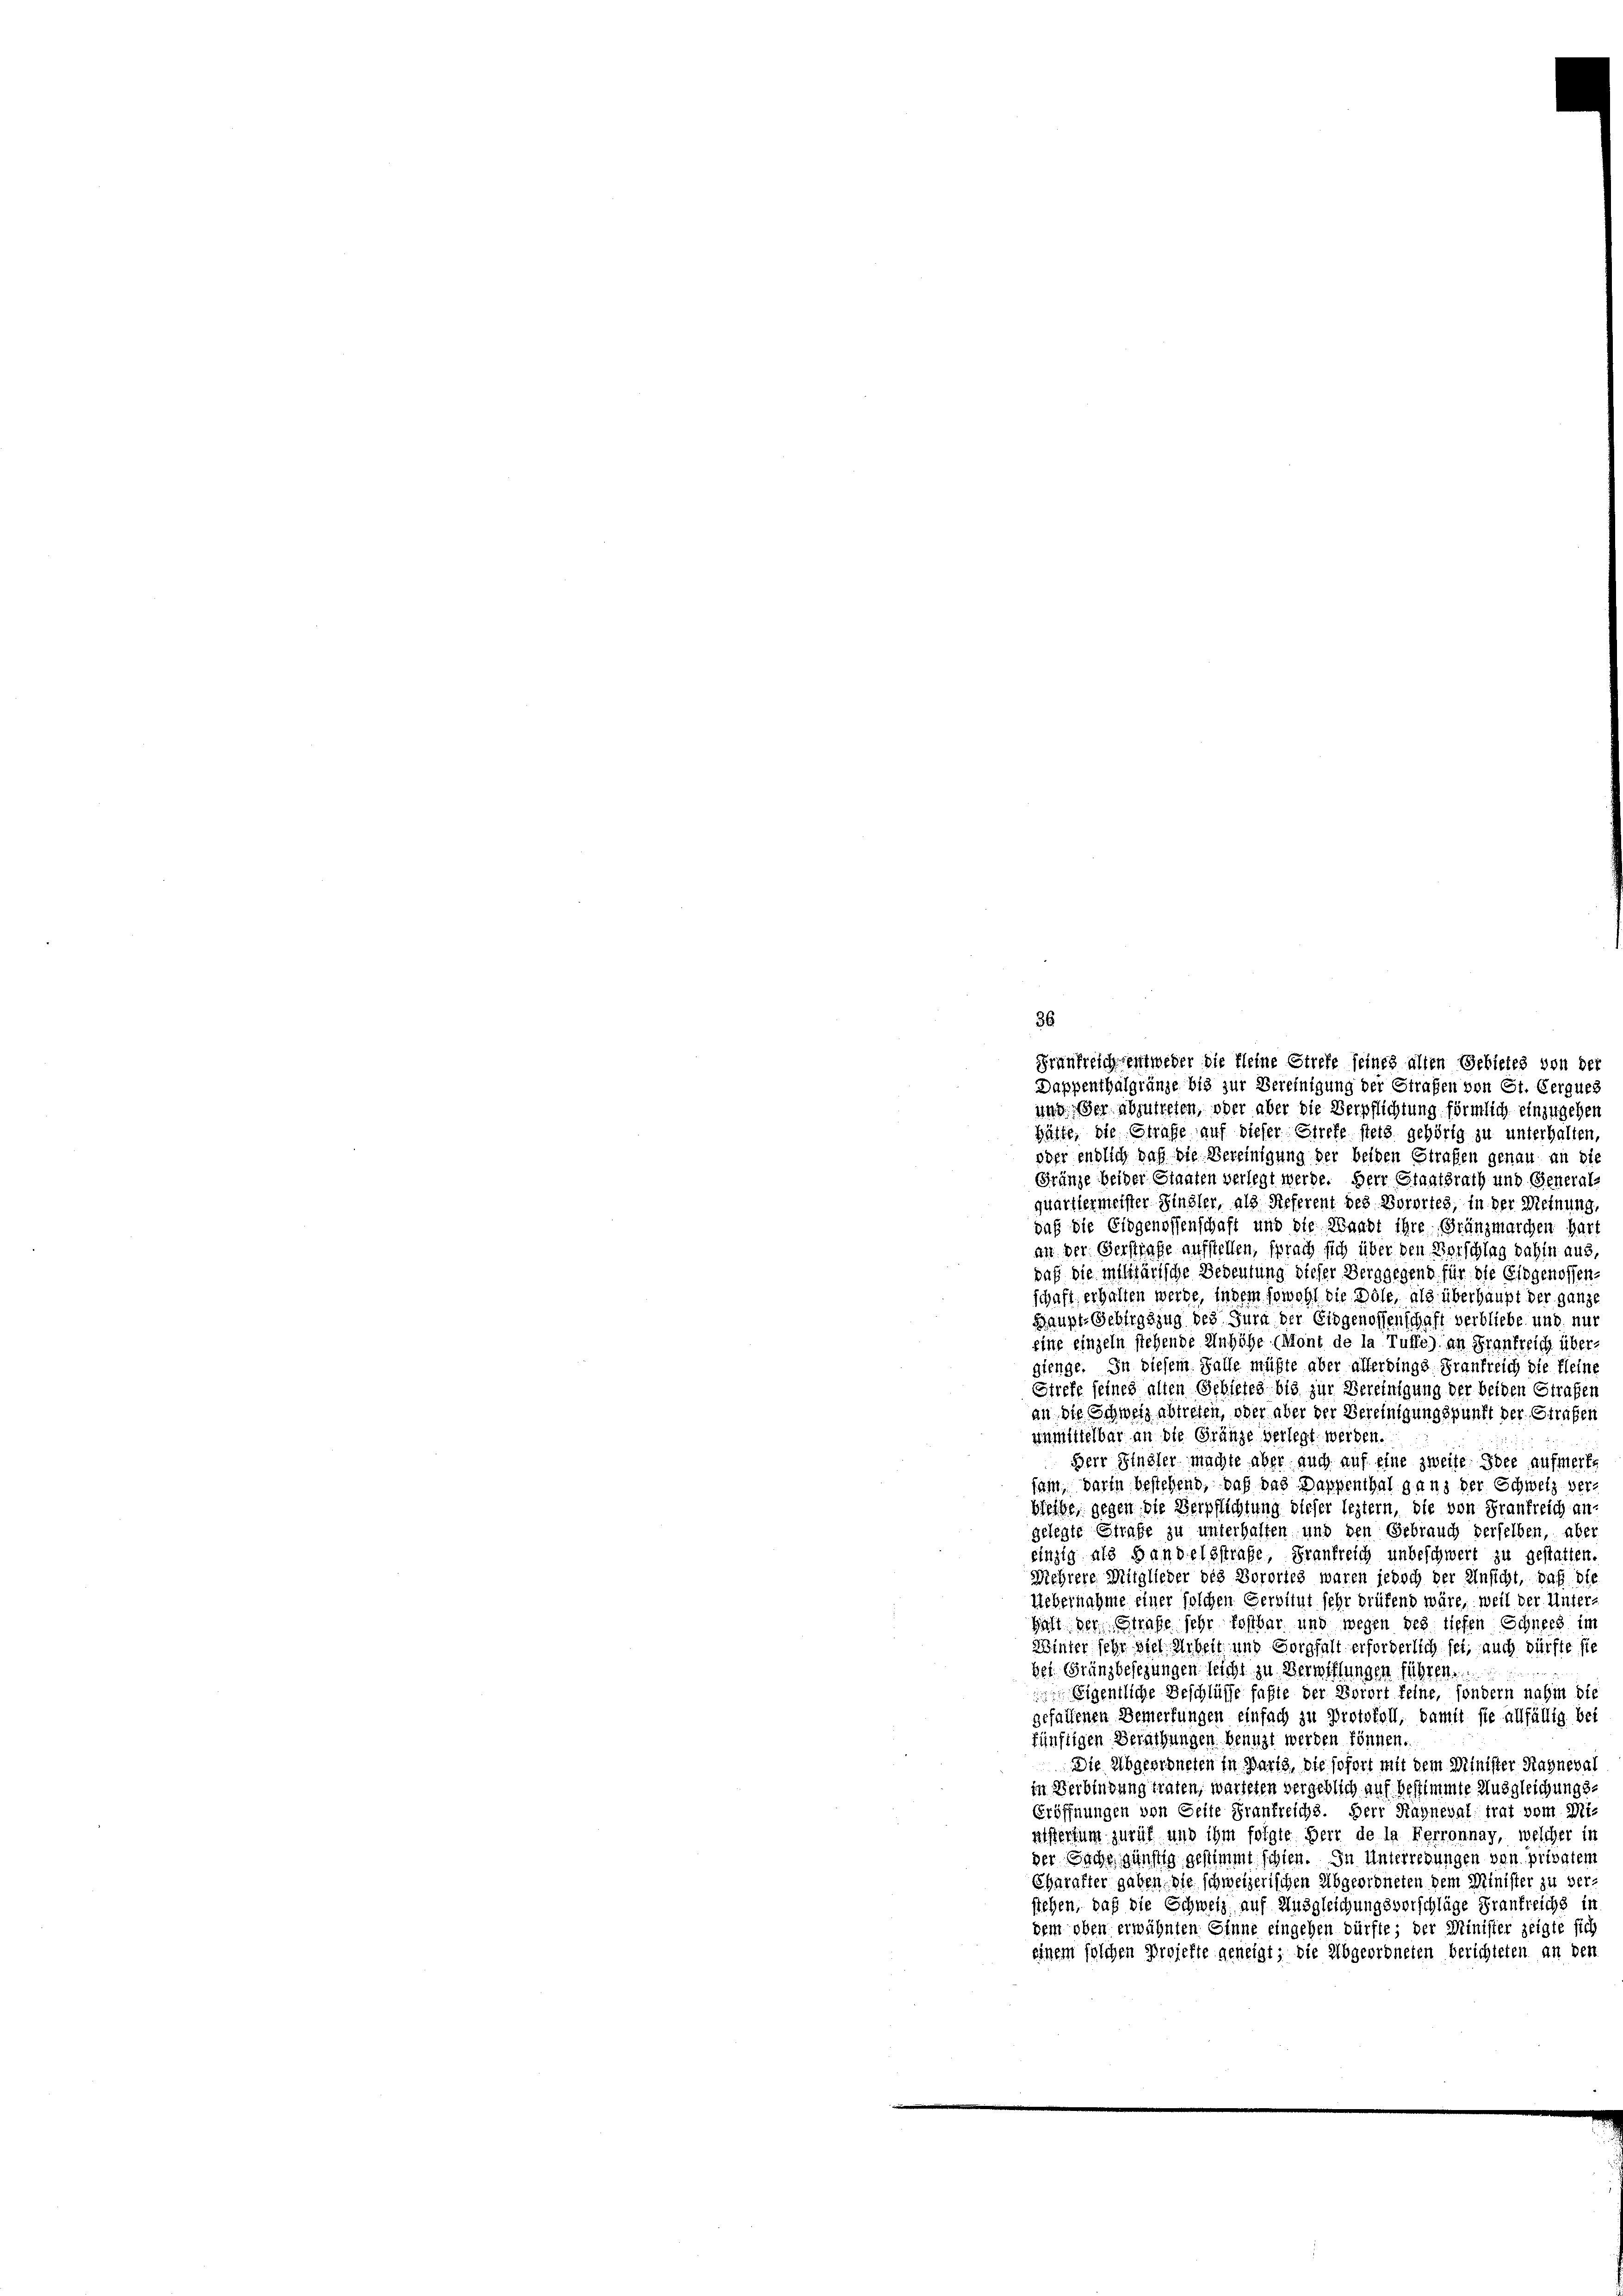
36
Frankreich entweder die Kleine Streff seines alten Gebietes von der
Dappenthalgränze bis zur Vereinigung der Strafen von St. Gerques
und, er abzutreten, oder aber die Verpflichtung förmlich einzugehen
Hätte, die Strafe auf dieser Strefe stets gehörig zu unterhalten,
oder endlich daß die Vereinigung der beiden Strafen genau an die
Gränze beider Staaten verlegt werde. Herr Staatsrath und Generals
quartiermeister Finsler, als Referent des Vorortes, in der Meinung
daß die Eidgenossenschaft und die Waadt ihre Gränzmarchen har
an der Gerstrafe aufstellen, sprach sich über den Vorschlag dahin aus,
paß die militärische Bedeutung dieser Berggegend für die Eidgenossen-
schaft erhalten werde, indem sowohl die Dole, als überhaupt der ganze
Haupt- Gebirgszug des Jura der Eidgenossenschaft verbliebe, und nur
eine einzeln stehende Anhöhe (Mont de la Tuffe) an Frankreich übergienge. In diesem Falle müßte aber allerdings Frankreich die Kleine
Stiefe seines allen Gebietes bis zur Bereinigung der beiden Strafen
an die Schweiz abtreten, oder aber der Bereinigungspunkt der Strafen
unmittelbar an die Gränze verlegt werden.
Herr Sindler machte aber auch auf eine zweite Idee aufmerke
sam, darin bestehend, daß das Dappenthal ganz der Schweiz verbleibe, gegen die Verpflichtung dieser leztern, die von Frankreich an-
gelegte Strafe zu unterhalten und den Gebrauch derselben, über
einzig als Handelsstrafe, Frankreich unbeschwert zu gestatten.
Mehrere Mitglieder des Vorories waren jedoch der Einsicht, daß die
Uebernahme einer solchen Servitut sehr brüfend wäre, weil der Unter¬
Hat der Strafe sehr kostbar und wegen des tiefen Schnees im
Winter sehr viel Arbeit und Sorgfalt erforderlich sei, auch dürfte sie
bei. Gränzbesezungen seicht zu Verwiffungen führen.
 Eigentliche Beschlüsse faßte der Borort feine, sondern nahm die
gefallenen Bemerkungen einfach zu Protokoll, damit sie allfällig bei
künftigen Berathungen benuzt werden können.
Die Abgeordneten in Paris, die sofort mit dem Minister Ragneval
in Verbindung traten, warteten vergeblich auf bestimmte Ausgleichungs¬
Eröffnungen von Seite Frankreichs. Herr Hayneval trat vom Mi-
alstertum zurück und ihm folgte Herr de la Ferronnay, welcher in
der Sache günstig gestimmt schien. In Unterredungen von privatem
Charakter gaben, die schweizerischen Abgeordneten dem Minister zu verstehen, daß die Schweiz, auf Ausgleichungsverschläge Frankreichs in
dem oben erwähnten Einne eingehen dürfte; der Minister zeigte sich
einem solchen Projekte geneigt; die Abgeordneten berichteten an den